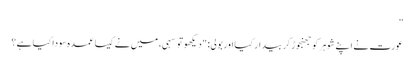
”
عورت نے اپنے شوہر کو جھنجوڑ کر بیدار کیا اور بولی: "دیکھو تو سہی، میں نے کیسا عمدہ سودا کیا ہے؟